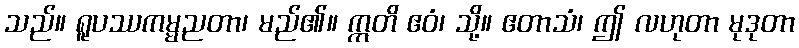
သည်။ ရူပဿကမ္မညတာ၊ မည်၏။ ဣတိ ဧဝံ၊ သို့။ ဧတာသံ၊ ဤ လဟုတာ မုဒုတာ